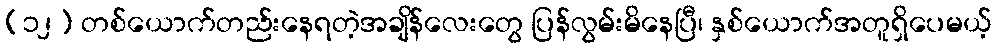
(၁၂) တစ်ယောက်တည်းနေရတဲ့အချိန်လေးတွေ ပြန်လွမ်းမိနေပြီ၊ နှစ်ယောက်အတူရှိပေမယ့်